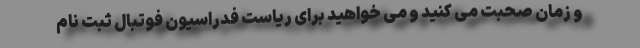
و زمان صحبت می کنید و می خواهید برای ریاست فدراسیون فوتبال ثبت نام